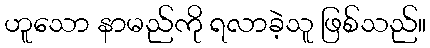
ဟူသော နာမည်ကို ရလာခဲ့သူ ဖြစ်သည်။